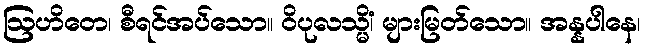
ဩဟိတေ၊ စီရင်အပ်သော။ ဝိပုလသ္မိံ၊ များမြတ်သော။ အန္နပါနေ၊